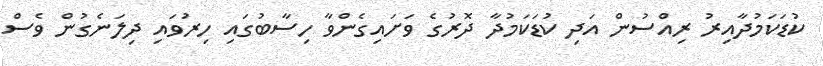
ކުޑަކަމުދާއިރު ރިއްސުން އަދި ކުޑަކަމުދާ ދޮރުގެ ވަށައިގެންވާ ހިސާބުގައި ހިރުވައި ދިލަނެގުން ވެސް